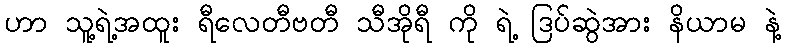
ဟာ သူ့ရဲ့အထူး ရီလေတီဗတီ သီအိုရီ ကို ရဲ့ ဒြပ်ဆွဲအား နိယာမ နဲ့